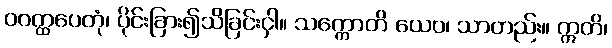
ဝဝတ္ထပေတုံ၊ ပိုင်းခြား၍သိခြင်းငှါ။ သက္ကောတိ ယေဝ၊ သာတည်း။ ဣတိ၊